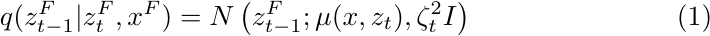
\begin{equation}
q(z_{t-1} ^F | z_t ^F, x^F) = N\left(z_{t-1} ^F; \mu (x, z_t), \zeta_t ^2 I \right)
\end{equation}